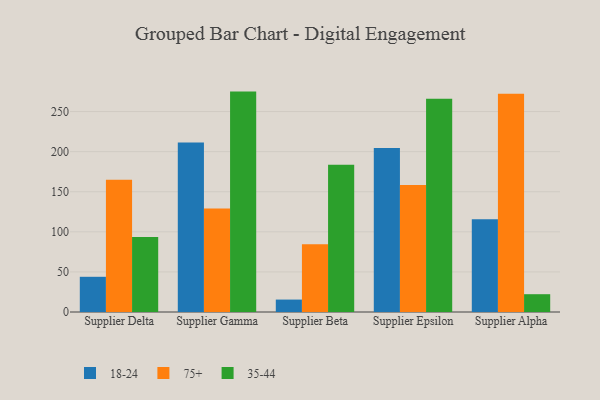
{"axis": {"x": "Supplier", "y": "Customer Acquisition Cost (USD)"}, "legend": ["18-24", "35-44", "75+"], "data": [{"x": "Supplier Delta", "y": 43.9, "type": "18-24"}, {"x": "Supplier Delta", "y": 164.9, "type": "75+"}, {"x": "Supplier Delta", "y": 93.7, "type": "35-44"}, {"x": "Supplier Gamma", "y": 211.3, "type": "18-24"}, {"x": "Supplier Gamma", "y": 129.2, "type": "75+"}, {"x": "Supplier Gamma", "y": 274.9, "type": "35-44"}, {"x": "Supplier Beta", "y": 15.5, "type": "18-24"}, {"x": "Supplier Beta", "y": 84.4, "type": "75+"}, {"x": "Supplier Beta", "y": 183.7, "type": "35-44"}, {"x": "Supplier Epsilon", "y": 204.5, "type": "18-24"}, {"x": "Supplier Epsilon", "y": 158.3, "type": "75+"}, {"x": "Supplier Epsilon", "y": 266.0, "type": "35-44"}, {"x": "Supplier Alpha", "y": 115.6, "type": "18-24"}, {"x": "Supplier Alpha", "y": 272.2, "type": "75+"}, {"x": "Supplier Alpha", "y": 22.2, "type": "35-44"}]}